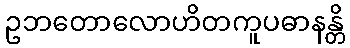
ဥဘတောလောဟိတကူပဓာနန္တိ